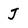
Character: J